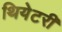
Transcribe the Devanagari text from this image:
थियेटरी